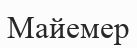
Майемер